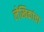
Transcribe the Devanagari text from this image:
लेखिकांचा